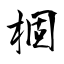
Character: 棝